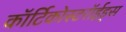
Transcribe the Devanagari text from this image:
कॉर्टिकोस्टरॉईड्स